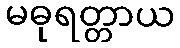
မဓုရတ္တာယ